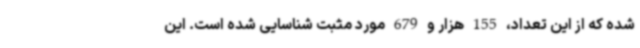
شده که از این تعداد، 155 هزار و 679 مورد مثبت شناسایی شده است. این